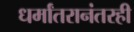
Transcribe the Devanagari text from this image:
धर्मांतरानंतरही